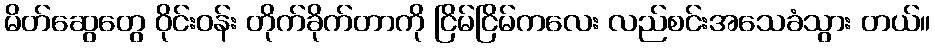
မိတ်ဆွေတွေ ဝိုင်းဝန်း တိုက်ခိုက်တာကို ငြိမ်ငြိမ်ကလေး လည်စင်းအသေခံသွား တယ်။